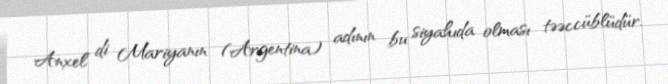
Anxel di Mariyanın (Argentina) adının bu siyahıda olması təəccüblüdür.